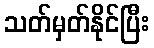
သတ်မှတ်နိုင်ပြီး